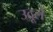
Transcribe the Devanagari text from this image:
उदूले